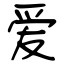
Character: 爱